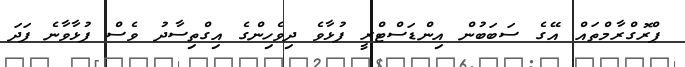
ޕްރޮގްރާމްތައް އޭގެ ސަބަބުން އިންޑަސްޓްރީ ފުޅާވެ ދިވެހިންގެ އިގްތިސާދު ވެސް ފުޅާވާނެ ފަދަ